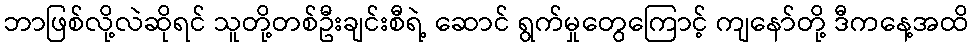
ဘာဖြစ်လို့လဲဆိုရင် သူတို့တစ်ဦးချင်းစီရဲ့ ဆောင် ရွက်မှုတွေကြောင့် ကျနော်တို့ ဒီကနေ့အထိ